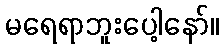
မရေရာဘူးပေါ့နော်။